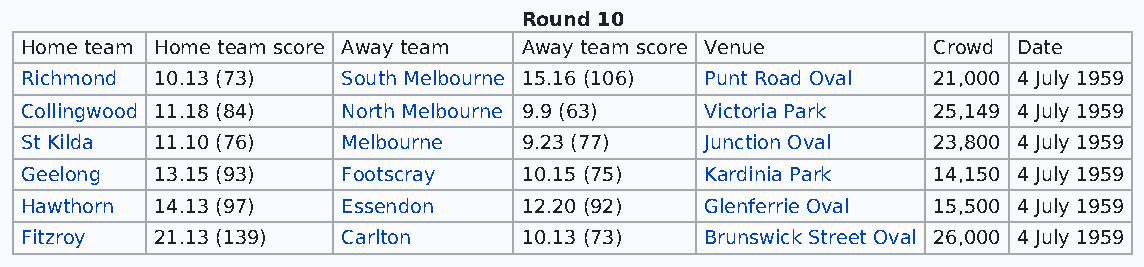
Round 10
 Home team Home team score Away team Away team score Venue    Crowd Date
 Richmond 10.13 (73)   South Melbourne 15.16 (106) Punt Road Oval 21,000 4 July 1959
 Collingwood 11.18 (84) North Melbourne 9.9 (63) Victoria Park 25,149 4 July 1959
 St Kilda 11.10 (76)   Melbourne   9.23 (77)   Junction Oval  23,800 4 July 1959
 Geelong  13.15 (93)   Footscray   10.15 (75)  Kardinia Park  14,150 4 July 1959
 Hawthorn 14.13 (97)   Essendon    12.20 (92)  Glenferrie Oval 15,500 4 July 1959
 Fitzroy  21.13 (139)  Carlton     10.13 (73)  Brunswick Street Oval 26,000 4 July 1959